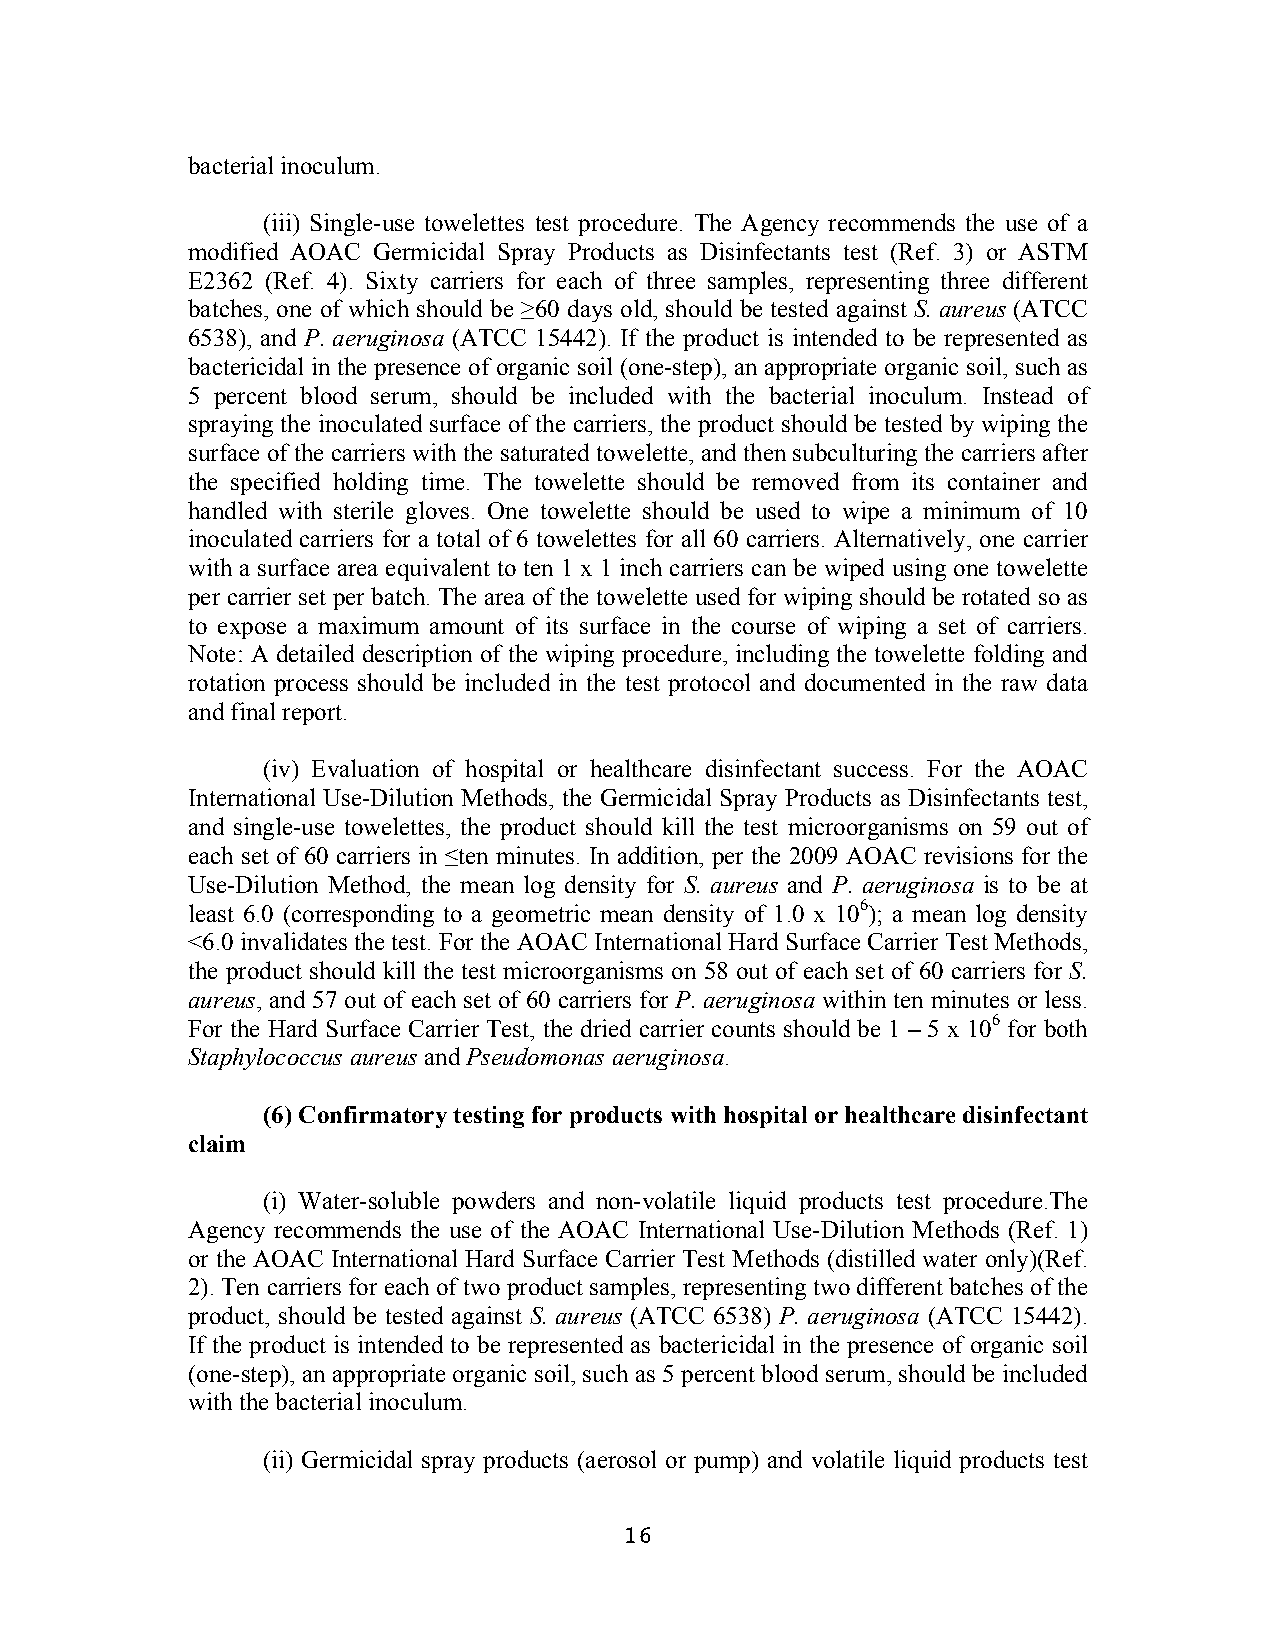
bacterial inoculum.
 (iii) Single-use towelettes test procedure. The Agency recommends the use of a
 modified AOAC Germicidal Spray Products as Disinfectants test (Ref. 3) or ASTM
 E2362 (Ref. 4). Sixty carriers for each of three samples, representing three different
 batches, one of which should be ≥60 days old, should be tested against S. aureus (ATCC
 6538), and P. aeruginosa (ATCC 15442). If the product is intended to be represented as
 bactericidal in the presence of organic soil (one-step), an appropriate organic soil, such as
 5 percent blood serum, should be included with the bacterial inoculum. Instead of
 spraying the inoculated surface of the carriers, the product should be tested by wiping the
 surface of the carriers with the saturated towelette, and then subculturing the carriers after
 the specified holding time. The towelette should be removed from its container and
 handled with sterile gloves. One towelette should be used to wipe a minimum of 10
 inoculated carriers for a total of 6 towelettes for all 60 carriers. Alternatively, one carrier
 with a surface area equivalent to ten 1 x 1 inch carriers can be wiped using one towelette
 per carrier set per batch. The area of the towelette used for wiping should be rotated so as
 to expose a maximum amount of its surface in the course of wiping a set of carriers.
 Note: A detailed description of the wiping procedure, including the towelette folding and
 rotation process should be included in the test protocol and documented in the raw data
 and final report.
 (iv) Evaluation of hospital or healthcare disinfectant success. For the AOAC
 International Use-Dilution Methods, the Germicidal Spray Products as Disinfectants test,
 and single-use towelettes, the product should kill the test microorganisms on 59 out of
 each set of 60 carriers in ≤ten minutes. In addition, per the 2009 AOAC revisions for the
 Use-Dilution Method, the mean log density for S. aureus and P. aeruginosa is to be at
 least 6.0 (corresponding to a geometric mean density of 1.0 x 106); a mean log density
 <6.0 invalidates the test. For the AOAC International Hard Surface Carrier Test Methods,
 the product should kill the test microorganisms on 58 out of each set of 60 carriers for S.
 aureus, and 57 out of each set of 60 carriers for P. aeruginosa within ten minutes or less.
 For the Hard Surface Carrier Test, the dried carrier counts should be 1 – 5 x 106 for both
 Staphylococcus aureus and Pseudomonas aeruginosa.
 (6) Confirmatory testing for products with hospital or healthcare disinfectant
 claim
 (i) Water-soluble powders and non-volatile liquid products test procedure.The
 Agency recommends the use of the AOAC International Use-Dilution Methods (Ref. 1)
 or the AOAC International Hard Surface Carrier Test Methods (distilled water only)(Ref.
 2). Ten carriers for each of two product samples, representing two different batches of the
 product, should be tested against S. aureus (ATCC 6538) P. aeruginosa (ATCC 15442).
 If the product is intended to be represented as bactericidal in the presence of organic soil
 (one-step), an appropriate organic soil, such as 5 percent blood serum, should be included
 with the bacterial inoculum.
 (ii) Germicidal spray products (aerosol or pump) and volatile liquid products test
 16